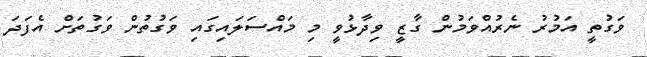
ވަގުތީ އަމުރު ނެރުއްވަމުން ގާޒީ ވިދާޅުވީ މި މައްސަލައިގައި ވަގުތުން ވަގުތަށް އެފަދަ